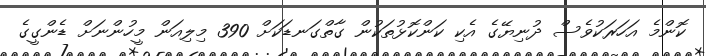
ކޮންމެ އަހަރަކުވެސް ދުނިޔޭގެ އެކި ކަންކޮޅުތަކުން ގާތްގަނޑަކަށް 390 މިލިއަން މީހުންނަށް ޑެންގީގެ